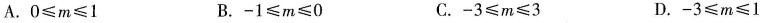
A.$$0 ≤ m ≤ 1$$ B.$$- 1 ≤ m ≤ 0$$ C.$$- 3 ≤ m ≤ 3$$ D.$$- 3 ≤ m ≤ 1$$